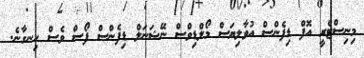
މިނިސްޓްރީ އޮފް ޑިފެންސް އުވާލިޔަސް މޯލްޑިވްސް ނޭޝަނަލް ޑިފެންސް ފޯސް ވެސް ހިނގާނެ.